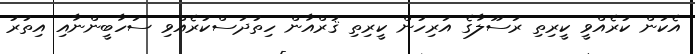
އެކަން ކުރެއްވީ ކީރިތި ރަސޫލާގެ އަރިހުން ކީރިތި ޤުރްއާން ހިތުދަސްކުރެއްވި ސަހާބީންނާއި އިތުރު